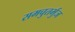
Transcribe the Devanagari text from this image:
समचुतर्भुज